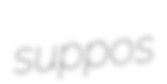
suppos